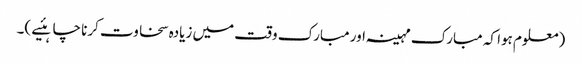
(معلوم ہوا کہ مبارک مہینہ اور مبارک وقت میں زیادہ سخاوت کرنا چاہئیے )۔